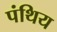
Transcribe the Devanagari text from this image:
पंथिय